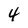
Character: 4